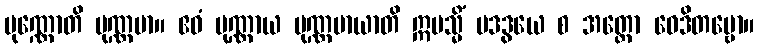
ပုဏ္ဏောတိ ပုဏ္ဏမာ။ ဧဝံ ပုဏ္ဏာယ ပုဏ္ဏမာယာတိ ဣမသ္မိံ ပဒဒွယေ စ အတ္ထော ဝေဒိတဗ္ဗော။